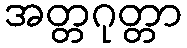
အတ္တဂုတ္တာ